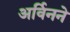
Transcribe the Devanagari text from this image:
अर्विनने